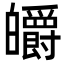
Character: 皭